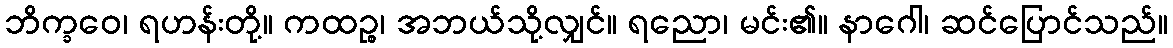
ဘိက္ခဝေ၊ ရဟန်းတို့။ ကထဉ္စ၊ အဘယ်သို့လျှင်။ ရညော၊ မင်း၏။ နာဂေါ၊ ဆင်ပြောင်သည်။